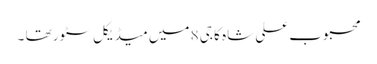
محبوب علی شاہ کا جی 8 میں میڈیکل سٹور تھا ۔